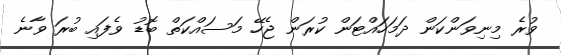
ވުރެ މިނިވަންކަން ދަމަހައްޓަން ކުރަން ޖެހޭ މަސައްކަތް ބޮޑު ވެފައި ބުރަ ވާނެ